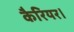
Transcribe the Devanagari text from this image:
कैरियर।